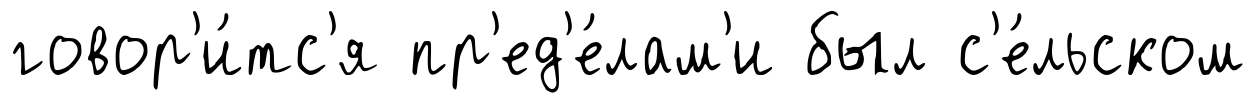
говор'и́тс'я пр'ед'е́лам'и был с'е́льском